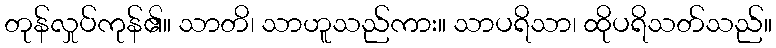
တုန်လှုပ်ကုန်၏။ သာတိ၊ သာဟူသည်ကား။ သာပရိသာ၊ ထိုပရိသတ်သည်။